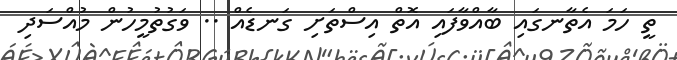
ތީ ހަމަ އެތާނގައި ބާއްވާފައި އޮތް އިސްތަށި ގަނޑެއް .. ވަގުތުމީހުން މުއްސަދި